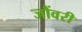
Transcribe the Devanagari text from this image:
जौंवरी